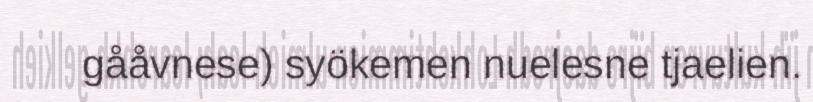
gååvnese) syökemen nuelesne tjaelien.